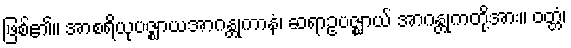
ဖြစ်၏။ အာစရိယုပဇ္ဈာယအာဂန္တုကာနံ၊ ဆရာဥပဇ္ဈာယ် အာဂန္တုကတို့အား။ ဝတ္တံ၊